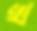
খ